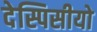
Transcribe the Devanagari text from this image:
देस्पिसीयो